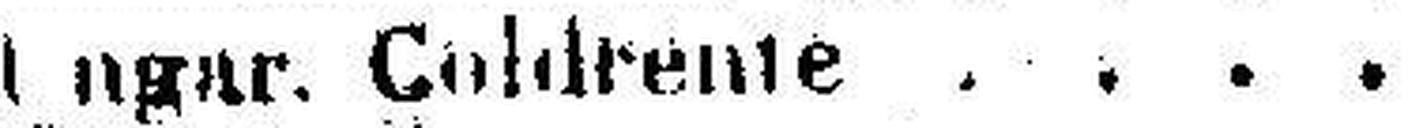
Ungar. Goldrente